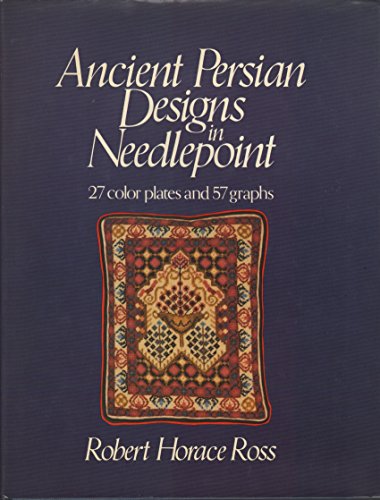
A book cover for Ancient Persian Designs in Needlepoint: 27 Color Plates and 57 Graphs; Robert H. Ross; Crafts, Hobbies & Home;